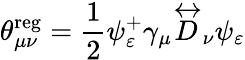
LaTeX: \theta_{\mu\nu}^{\mathrm{reg}}=\frac 12\psi_{\varepsilon}^{+}\gamma_{\mu}\stackrel{\leftrightarrow}{D}_{\nu}\psi_{\varepsilon}